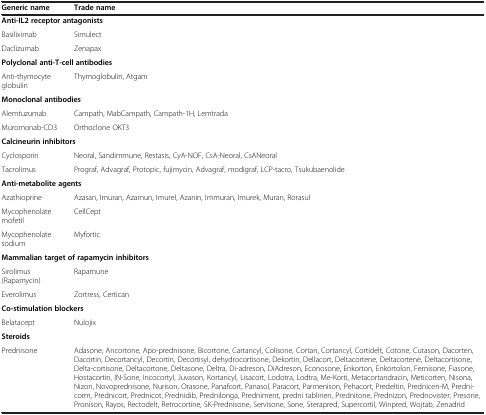
<table><thead><tr><td><b>Generic name</b></td><td><b>Trade name</b></td></tr></thead><tbody><tr><td colspan="2"><b>Anti-IL2 receptor antagonists</b></td></tr><tr><td>Basiliximab</td><td>Simulect</td></tr><tr><td>Daclizumab</td><td>Zenapax</td></tr><tr><td colspan="2"><b>Polyclonal anti-T-cell antibodies</b></td></tr><tr><td>Anti-thymocyte globulin</td><td>Thymoglobulin, Atgam</td></tr><tr><td colspan="2"><b>Monoclonal antibodies</b></td></tr><tr><td>Alemtuzumab</td><td>Campath, MabCampath, Campath-1H, Lemtrada</td></tr><tr><td>Muromonab-CD3</td><td>Orthoclone OKT3</td></tr><tr><td colspan="2"><b>Calcineurin inhibitors</b></td></tr><tr><td>Cyclosporin</td><td>Neoral, Sandimmune, Restasis, CyA-NOF, CsA-Neoral, CsANeoral</td></tr><tr><td>Tacrolimus</td><td>Prograf, Advagraf, Protopic, fujimycin, Advagraf, modigraf, LCP-tacro, Tsukubaenolide</td></tr><tr><td colspan="2"><b>Anti-metabolite agents</b></td></tr><tr><td>Azathioprine</td><td>Azasan, Imuran, Azamun, Imurel, Azanin, Immuran, Imurek, Muran, Rorasul</td></tr><tr><td>Mycophenolate mofetil</td><td>CellCept</td></tr><tr><td>Mycophenolate sodium</td><td>Myfortic</td></tr><tr><td colspan="2"><b>Mammalian target of rapamycin inhibitors</b></td></tr><tr><td>Sirolimus (Rapamycin)</td><td>Rapamune</td></tr><tr><td>Everolimus</td><td>Zortress, Certican</td></tr><tr><td colspan="2"><b>Co-stimulation blockers</b></td></tr><tr><td>Belatacept</td><td>Nulojix</td></tr><tr><td colspan="2"><b>Steroids</b></td></tr><tr><td>Prednisone</td><td>Adasone, Ancortone, Apo-prednisone, Bicortone, Cartancyl, Colisone, Cortan, Cortancyl, Cortidelt, Cotone, Cutason, Dacorten, Dacortin, Decortancyl, Decortin, Decortisyl, dehydrocortisone, Dekortin, Dellacort, Deltacortene, Deltacortene, Deltacortisone, Delta-cortisone, Deltacortone, Deltasone, Deltra, Di-adreson, DiAdreson, Econosone, Enkorton, Enkortolon, Fernisone, Fiasone, Hostacortin, IN-Sone, Incocortyl, Juvason, Kortancyl, Lisacort, Lodotra, Lodtra, Me-Korti, Metacortandracin, Meticorten, Nisona, Nizon, Novoprednisone, Nurison, Orasone, Panafcort, Panasol, Paracort, Parmenison, Pehacort, Predeltin, Prednicen-M, Prednicorm, Prednicort, Prednicot, Prednidib, Prednilonga, Predniment, predni tablinen, Prednitone, Prednizon, Prednovister, Presone, Pronison, Rayos, Rectodelt, Retrocortine, SK-Prednisone, Servisone, Sone, Sterapred, Supercortil, Winpred, Wojtab, Zenadrid</td></tr></tbody></table>